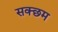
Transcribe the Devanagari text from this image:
सक्छम